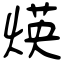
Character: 煐